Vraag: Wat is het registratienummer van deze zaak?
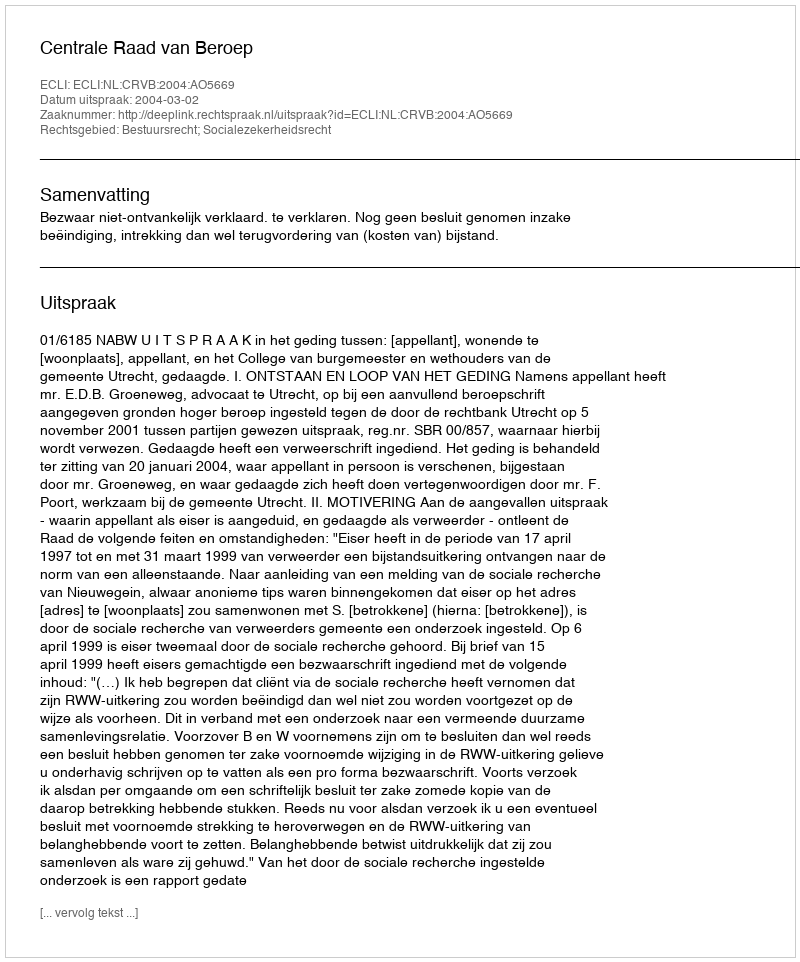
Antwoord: http://deeplink.rechtspraak.nl/uitspraak?id=ECLI:NL:CRVB:2004:AO5669